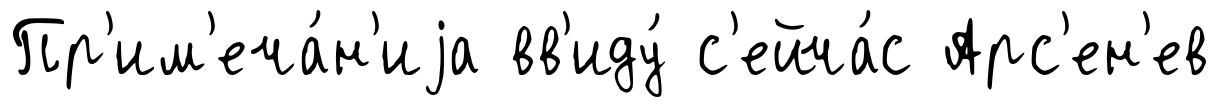
Пр'им'еча́н'иjа вв'иду́ с'ейча́с Арс'ен'ев